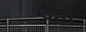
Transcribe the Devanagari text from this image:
श्तो